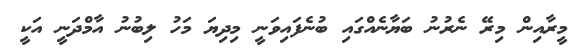
މީރާއިން މިރޭ ނެރުނު ބަޔާނެއްގައި ބުނެފައިވަނީ މިދިޔަ މަހު ލިބުނު އާމްދަނީ އަކީ